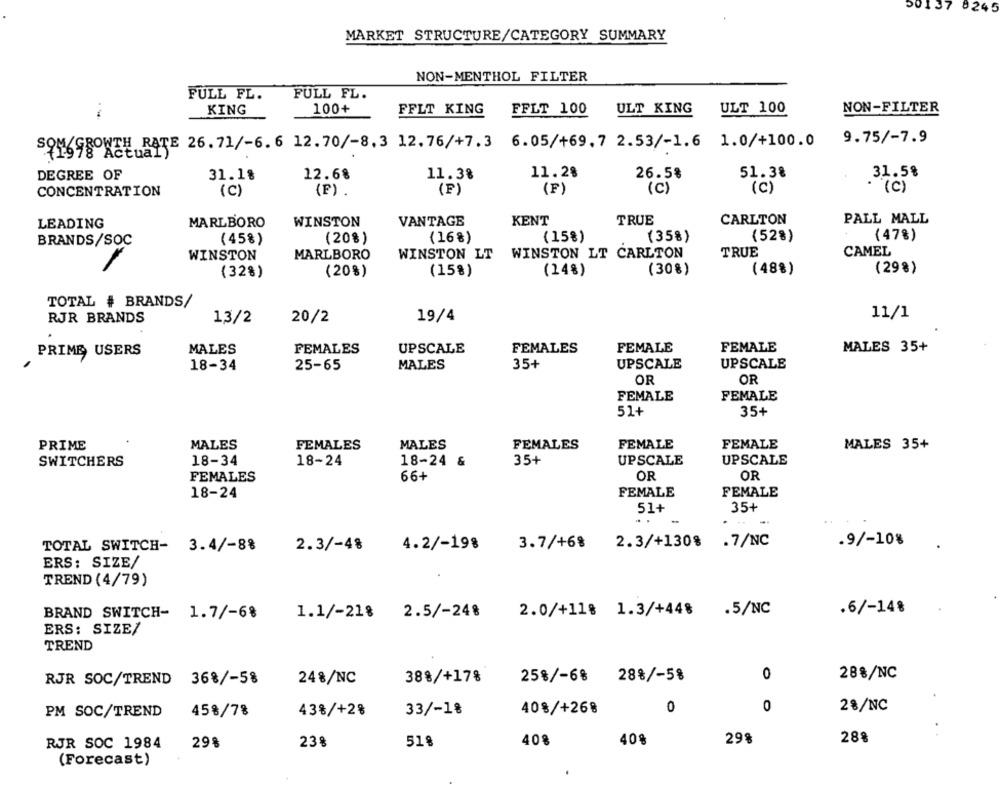
50137 8245
MARKET STRUCTURE/CATEGORY SUMMARY
NON-MENTHOL FILTER
FULL FL.
FULL FL.
KING
100+
FFLT KING
FFLT 100
ULT KING
ULT 100
NON-FILTER
9.75/-7.9
SONGGROWTH RATE 26.71/-6. 6 12.70/-8.3 12. 76/+7.3 6.05/+69. 7 2.53/-1.6 1.0/+100.0
26.5%
31.58
DEGREE OF
31.18
12.68
11.3%
11.28
51.38
(F)
(C)
(C)
CONCENTRATION
(C)
(F) .
(F)
(c)
KENT
TRUE
CARLTON
PALL MALL
LEADING
MARLBORO
WINSTON
VANTAGE
(47%)
BRANDS/SOC
(45%)
(20%)
(16%)
(15%)
(358)
(528)
CAMEL
WINSTON
MARLBORO
WINSTON LT
WINSTON LT CARLTON
TRUE
(32%)
(20%)
(15%)
(24%)
(30%)
(488)
(29%)
TOTAL # BRANDS/
11/1
RJR BRANDS
13/2
20/2
19/4
PRIME USERS
MALES
FEMALES
UPSCALE
FEMALES
FEMALE
FEMALE
MALES 35+
18-34
25-65
MALES
35+
UPSCALE
UPSCALE
OR
OR
FEMALE
FEMALE
51+
35+
PRIME
MALES
FEMALES
MALES
FEMALES
FEMALE
FEMALE
MALES 35+
SWITCHERS
18-34
18-24
18-24 &
35+
UPSCALE
UPSCALE
FEMALES
66+
OR
OR
18-24
FEMALE
FEMALE
51+
35+
.
3.7/+6% 2.3/+130% .7/NC
.9/-10%
TOTAL SWITCH-
3.4/-8%
2.3/-48
4.2/-198
ERS: SIZE/
TREND (4/79)
2.0/+118 1.3/+448
.5/NC
.6/-14%
BRAND SWITCH- 1.7/-6%
1.1/-218 2.5/-248
ERS: SIZE/
TREND
0
288/NC
RJR SOC/TREND 368/-58
248/NC
388/+17%
25%/-68
28%/-5%
28/NC
PM SOC/TREND
458/78
438/+2%
33/-1%
40%/+268
0
0
29%
288
RJR SOC 1984
29%
238
518
40%
40%
(Forecast)